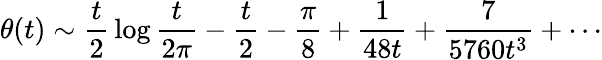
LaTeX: \theta(t)\sim{\frac{t}{2}}\log{\frac{t}{2\pi}}-{\frac{t}{2}}-{\frac{\pi}{8}}+{\frac{1}{48t}}+{\frac{7}{5760t^{3}}}+\cdots